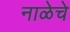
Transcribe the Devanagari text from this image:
नाळेचे